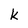
Character: k